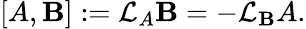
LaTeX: [A,\mathbf{B}]:={\mathcal{{L}}}_{A}\mathbf{B}=-{\mathcal{{L}}}_{\mathbf{B}}A.